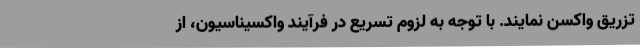
تزریق واکسن نمایند. با توجه به لزوم تسریع در فرآیند واکسیناسیون، از